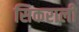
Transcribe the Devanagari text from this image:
सिकराली